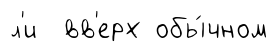
л'и вв'ерх обы́чном